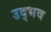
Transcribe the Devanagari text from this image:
उद्‌भव